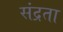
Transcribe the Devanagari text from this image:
संद्रता